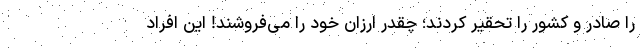
را صادر و کشور را تحقیر کردند؛ چقدر ارزان خود را می‌فروشند! این افراد